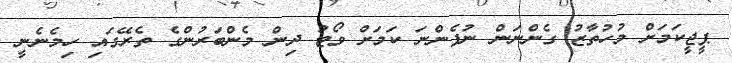
ޕީޖީކަމަށް މުހުތާޒު ގެންނަން ނުފެންނަ ކަމަށް ވޯޓު ދިން މެންބަރުންގެ ތެރޭގައި ހިމެނެނީ